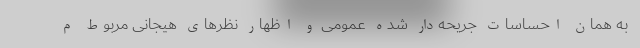
به همان احساسات جریحه‌دار شده عمومی و اظهار نظرهای هیجانی مربوط م